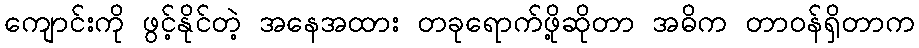
ကျောင်းကို ဖွင့်နိုင်တဲ့ အနေအထား တခုရောက်ဖို့ဆိုတာ အဓိက တာဝန်ရှိတာက